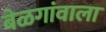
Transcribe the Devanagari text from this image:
बेळगांवाला